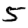
Digit: 5